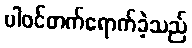
ပါဝင်တက်ရောက်ခဲ့သည်